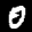
Label: 0